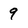
Character: 9